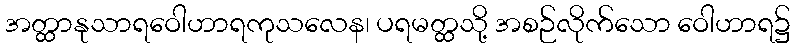
အတ္ထာနုသာရဝေါဟာရကုသလေန၊ ပရမတ္ထသို့ အစဉ်လိုက်သော ဝေါဟာရ၌